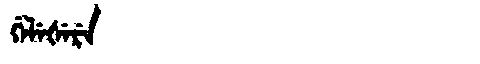
Manchu: ᡤᡝᠯᡝᡧᡝᡵᡝ
Romanization: GELEŠERE